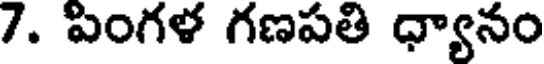
7. పింగళ గణపతి ధ్యానం